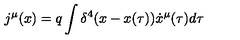
j ^ { \mu } ( x ) = q \int { \delta ^ { 4 } ( x - x ( \tau ) ) \dot { x } ^ { \mu } ( \tau ) d \tau }